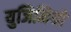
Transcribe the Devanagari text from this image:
युजिनियो